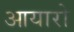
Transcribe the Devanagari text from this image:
आयारो